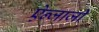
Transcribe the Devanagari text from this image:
ऐन्जाजी